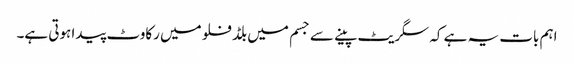
اہم بات یہ ہے کہ سگریٹ پینے سے جسم میں بلڈ فلو میں رکاوٹ پیدا ہوتی ہے۔